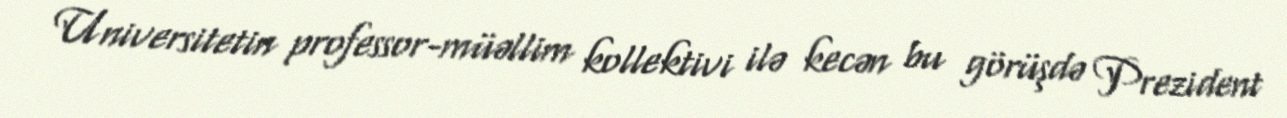
Universitetin professor-müəllim kollektivi ilə kecən bu görüşdə Prezident